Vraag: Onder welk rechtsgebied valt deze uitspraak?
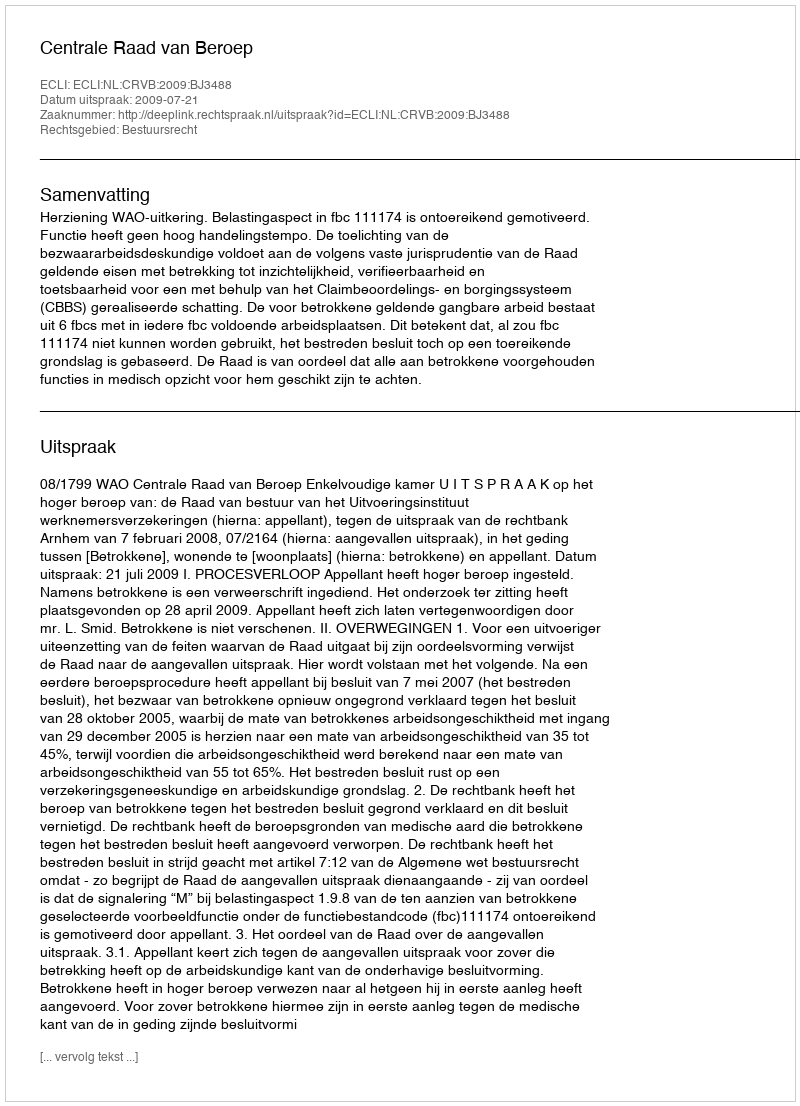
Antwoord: Bestuursrecht